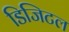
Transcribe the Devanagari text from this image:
डिजिटल